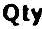
QTY